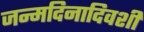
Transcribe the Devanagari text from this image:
जन्मदिनादिवशी